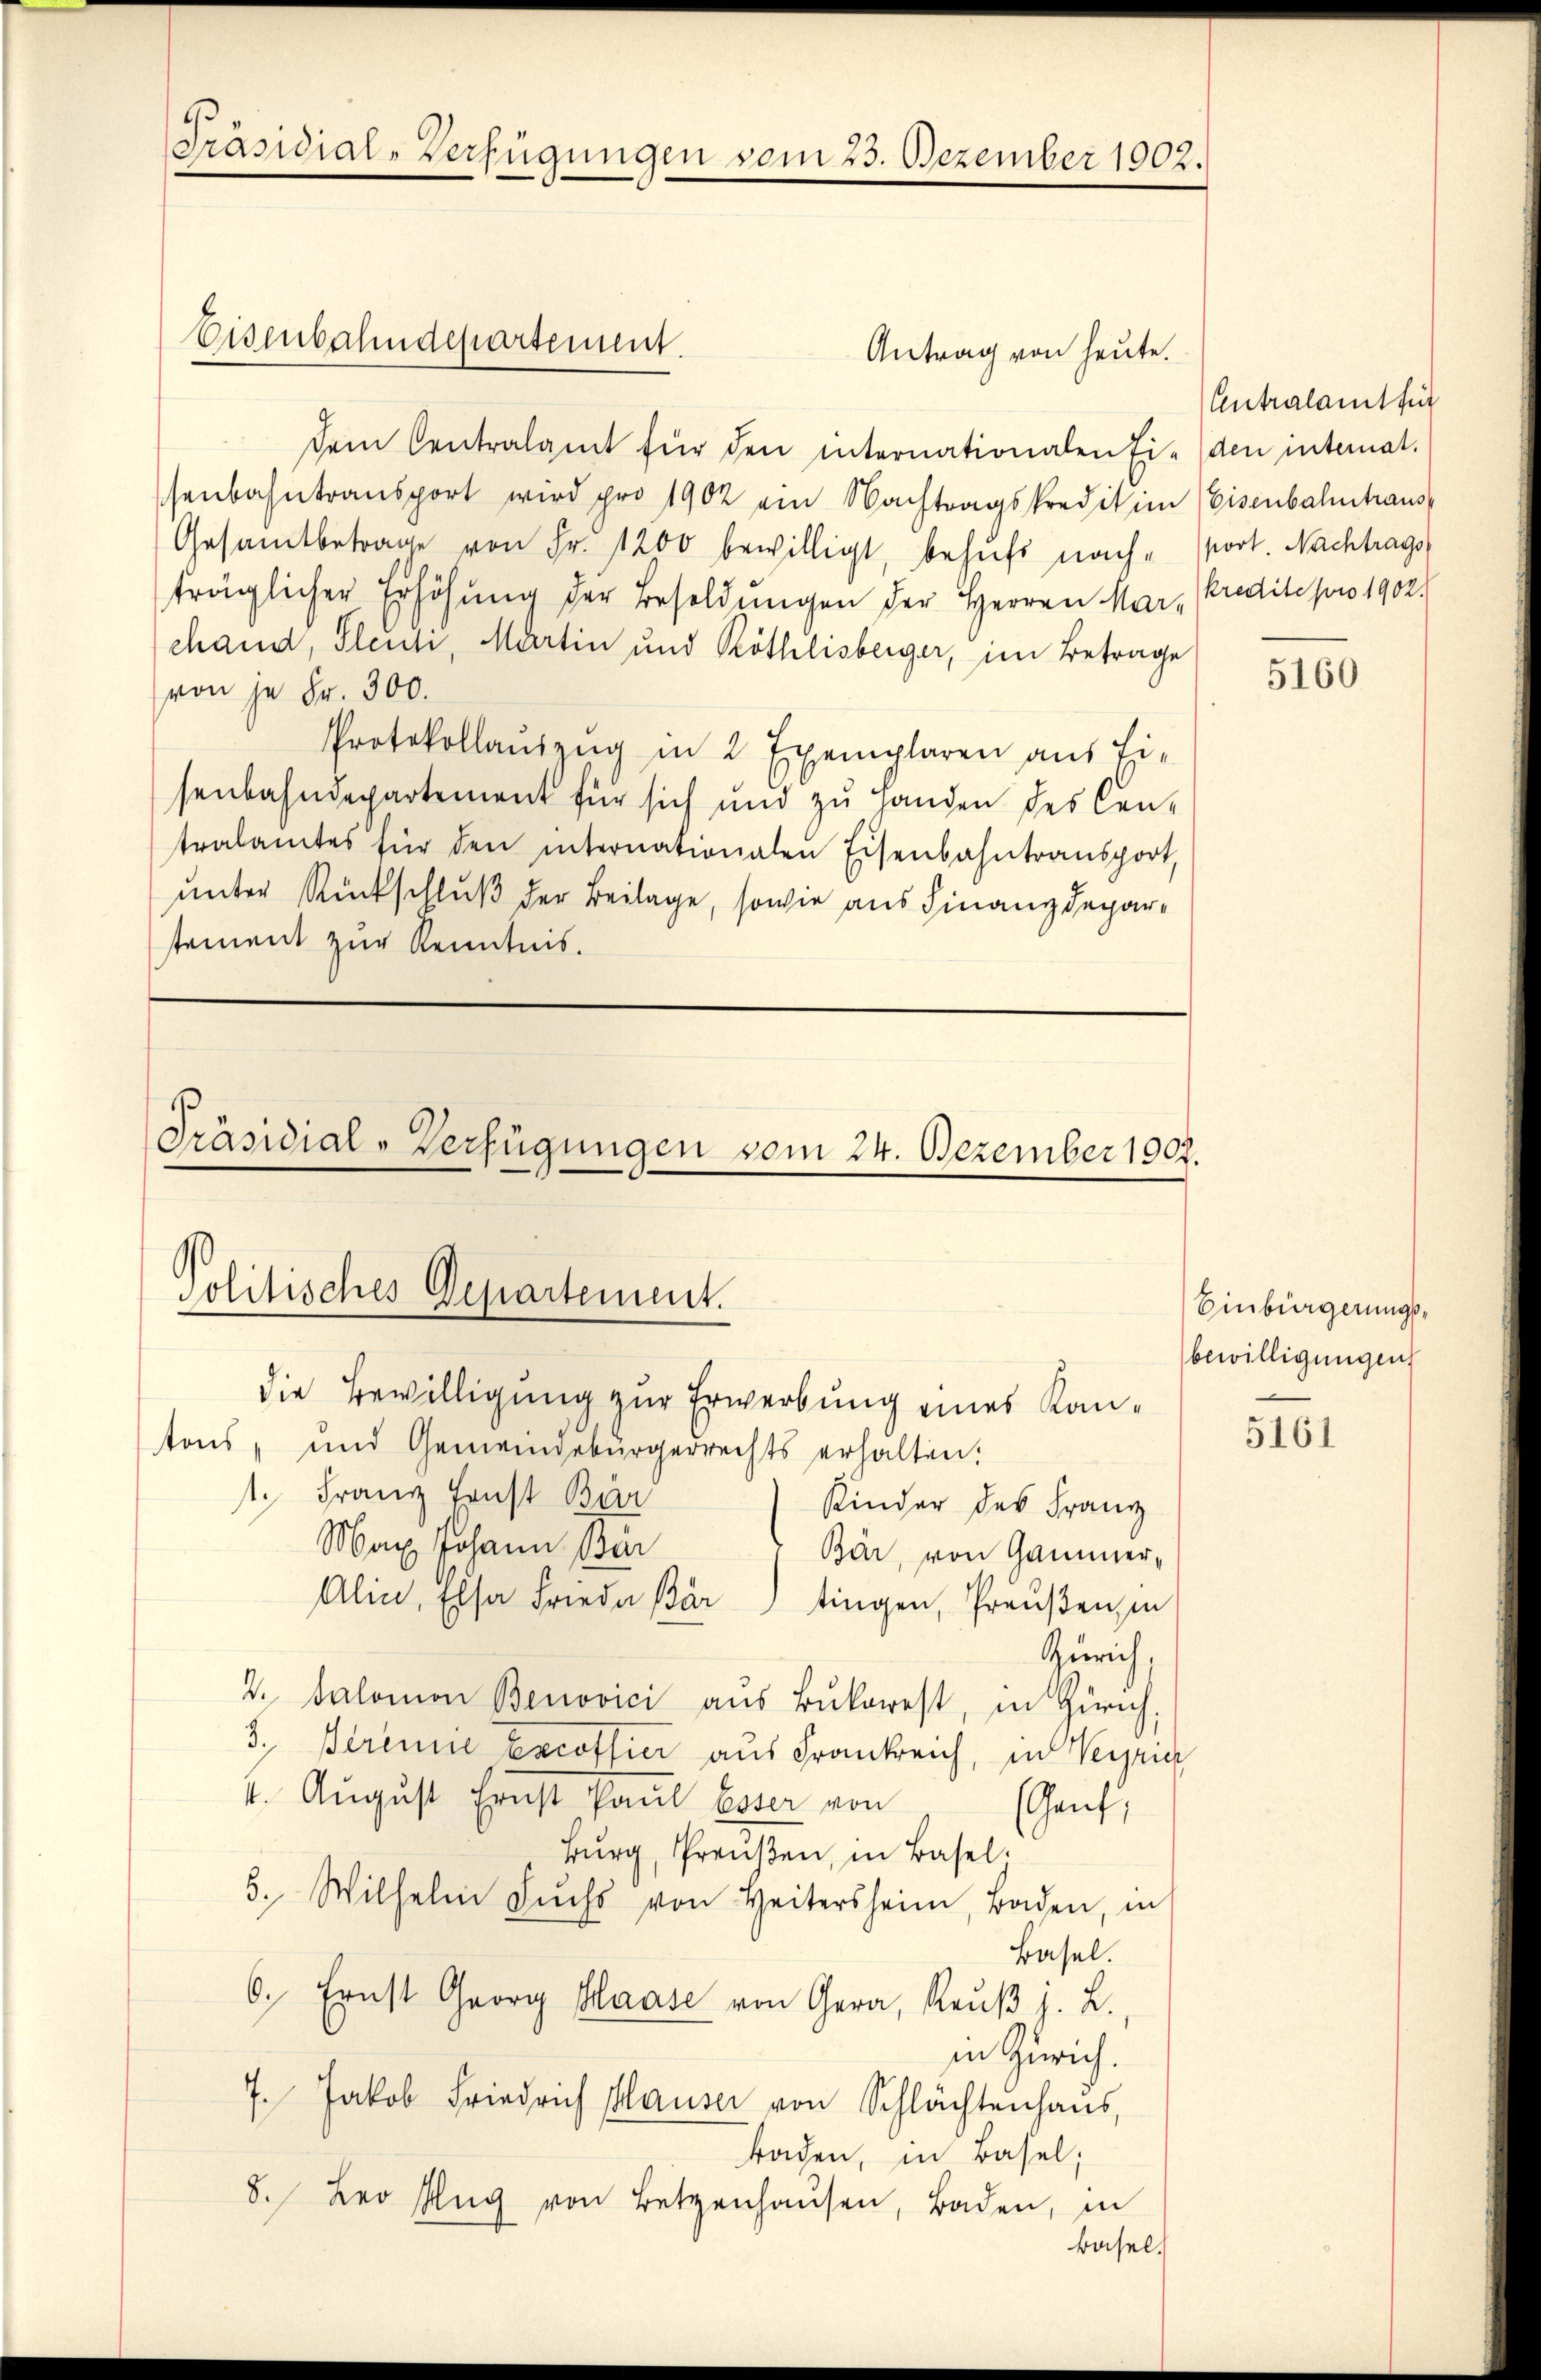
Präsidial-Verfügungen vom 23. Dezember 1902.

Eisenbahndepartement.

Antrag von heute.
dem Centralamt für den internationalen Ei- den internat.
senbahntransport wird pro 1902 ein Nachtragskredition (Eisenbahntraus
Gesamtbetrage von Fr. 1200 bewilligt, behŭfs nach " (port. Nachtrags
träglicher Erhöhŭng der Besoldungen der Herren Mar, Kredite pro 1902.
chand, Fleusi, Martin und Röthlisberger, im Betrage
von je Fr. 300.
Protokollauszug in 2 Exemplaren aus Eisenbahndepartement für sich und zu Handen des Cen-
tralamtes für den internationalen Eisenbahntransport,
unter Rückschluß der Beilage, sowie aus Finanzdeparstement zur Kenntnis.

Präsidial-Verfügungen vom 24. Dezember 1907.

Politisches Departement.

die Bewilligung zur Erwerbung eines Kantons, und Gemeindebürgerrechts erhalten.
1. Franz sonst Bar
Kinder des Franz
Max Johann Bar
Bär, von Gammer-
Alin, Elsa Frieda Partingen, Preŭβen, in
Zürich,
V., Salomon Benovici aus Bukarest, in Zürich,
3. Bereie Excoffici aus Frankreich, in Vergru
1. August Ernst Paul Esser von
(Genf,
Burg, Preŭβen, in Basel.
5. Wilhelm Fŭchs von Heitersheim, Baden, in
Basel.
6. Ernst Georg Maase von Gera, Raŭβ j. L.
in Zürich.
7. Jakob Friedrich Hauser von Schlächtenhaus,
Faden, in Basel;
8. Bei Zŭg von Betzenhausen, Baden, in
Basel.

Antralamt für

5160

Einbürgerungsbewilligungen

5161